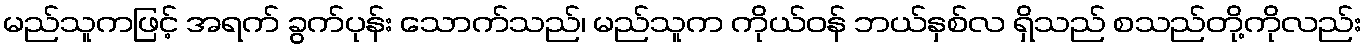
မည်သူကဖြင့် အရက် ခွက်ပုန်း သောက်သည်၊ မည်သူက ကိုယ်ဝန် ဘယ်နှစ်လ ရှိသည် စသည်တို့ကိုလည်း